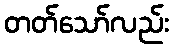
တတ်သော်လည်း